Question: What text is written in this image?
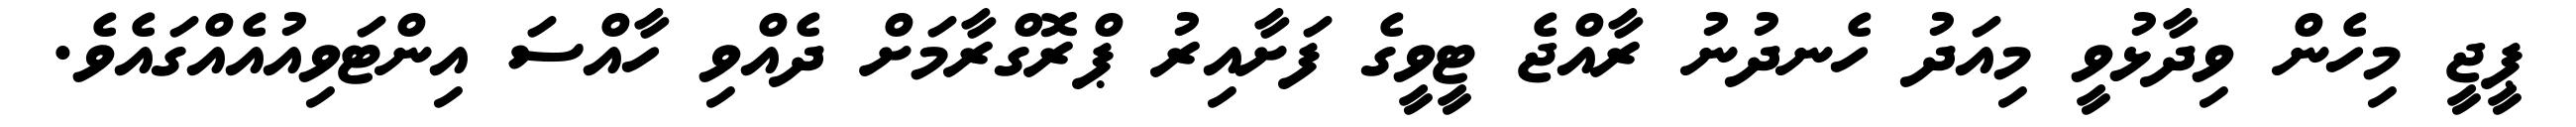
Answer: ޕީޖީ މިހެން ވިދާޅުވީ މިއަދު ހެނދުނު ރާއްޖެ ޓީވީގެ ފަށާއިރު ޕްރޮގްރާމަށް ދެއްވި ހާއްސަ އިންޓަވިއުއެއްގައެވެ.